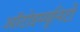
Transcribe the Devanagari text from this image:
ऑटोइम्यूनिटी